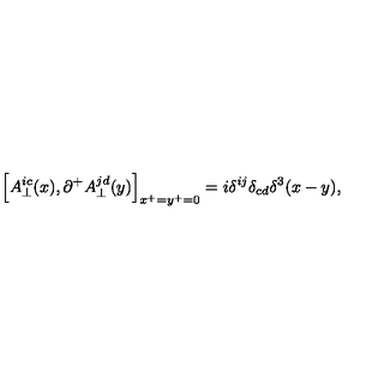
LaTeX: \Bigl [ A _ { \perp } ^ { i c } ( x ) , \partial ^ { + } A _ { \perp } ^ { j d } ( y ) \Bigr ] _ { x ^ { + } = y ^ { + } = 0 } = i \delta ^ { i j } \delta _ { c d } \delta ^ { 3 } ( x - y ) ,